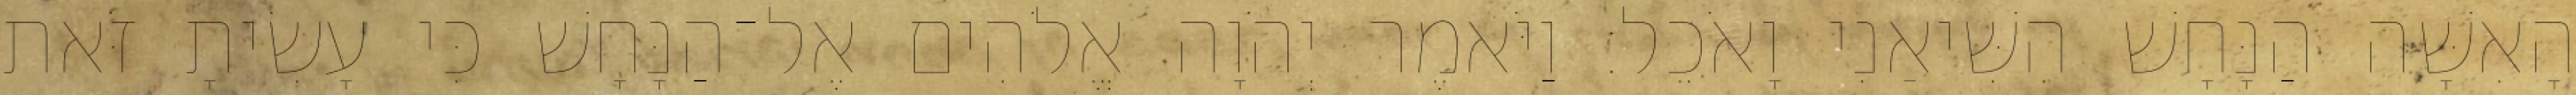
הָאִשָּׁה הַנָּחָשׁ הִשִּׁיאַנִי וָאֹכֵל׃ וַיֹּאמֶר יְהֹוָה אֱלֹהִים אֶל־הַנָּחָשׁ כִּי עָשִׂיתָ זֹּאת